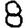
Digit: 8